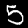
Digit: 5